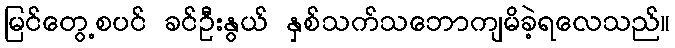
မြင်တွေ့စပင် ခင်ဦးနွယ် နှစ်သက်သဘောကျမိခဲ့ရလေသည်။